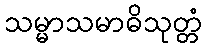
သမ္မာသမာဓိသုတ္တံ